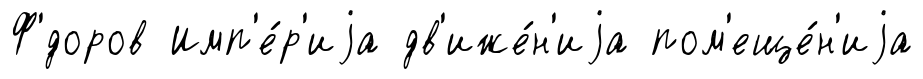
Ф'́доров Имп'е́р'иjа дв'иже́н'иjа пом'еще́н'иjа